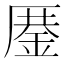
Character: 𰆨